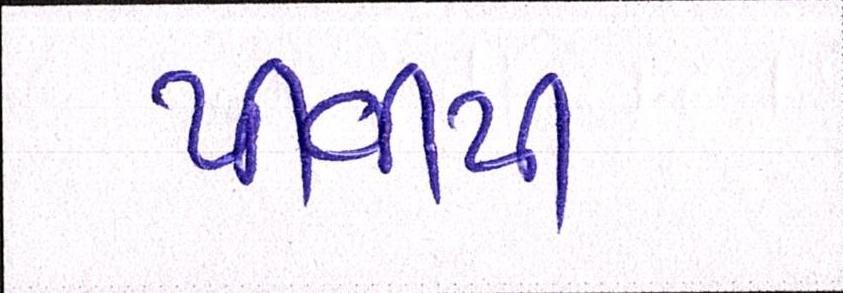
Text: પીવીપી